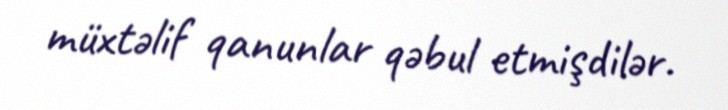
müxtəlif qanunlar qəbul etmişdilər.